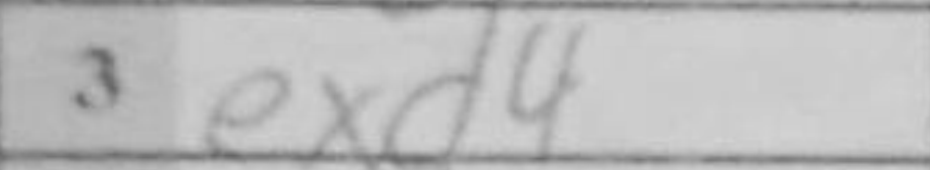
Transcription: exd4